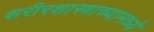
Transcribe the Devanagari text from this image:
शरीरशास्त्राच्यामध्ये